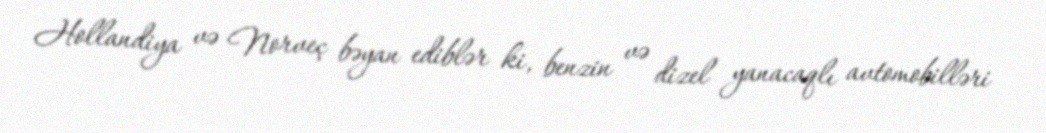
Hollandiya və Norveç bəyan ediblər ki, benzin və dizel yanacaqlı avtomobilləri